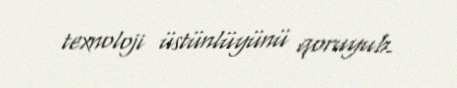
texnoloji üstünlüyünü qoruyub.